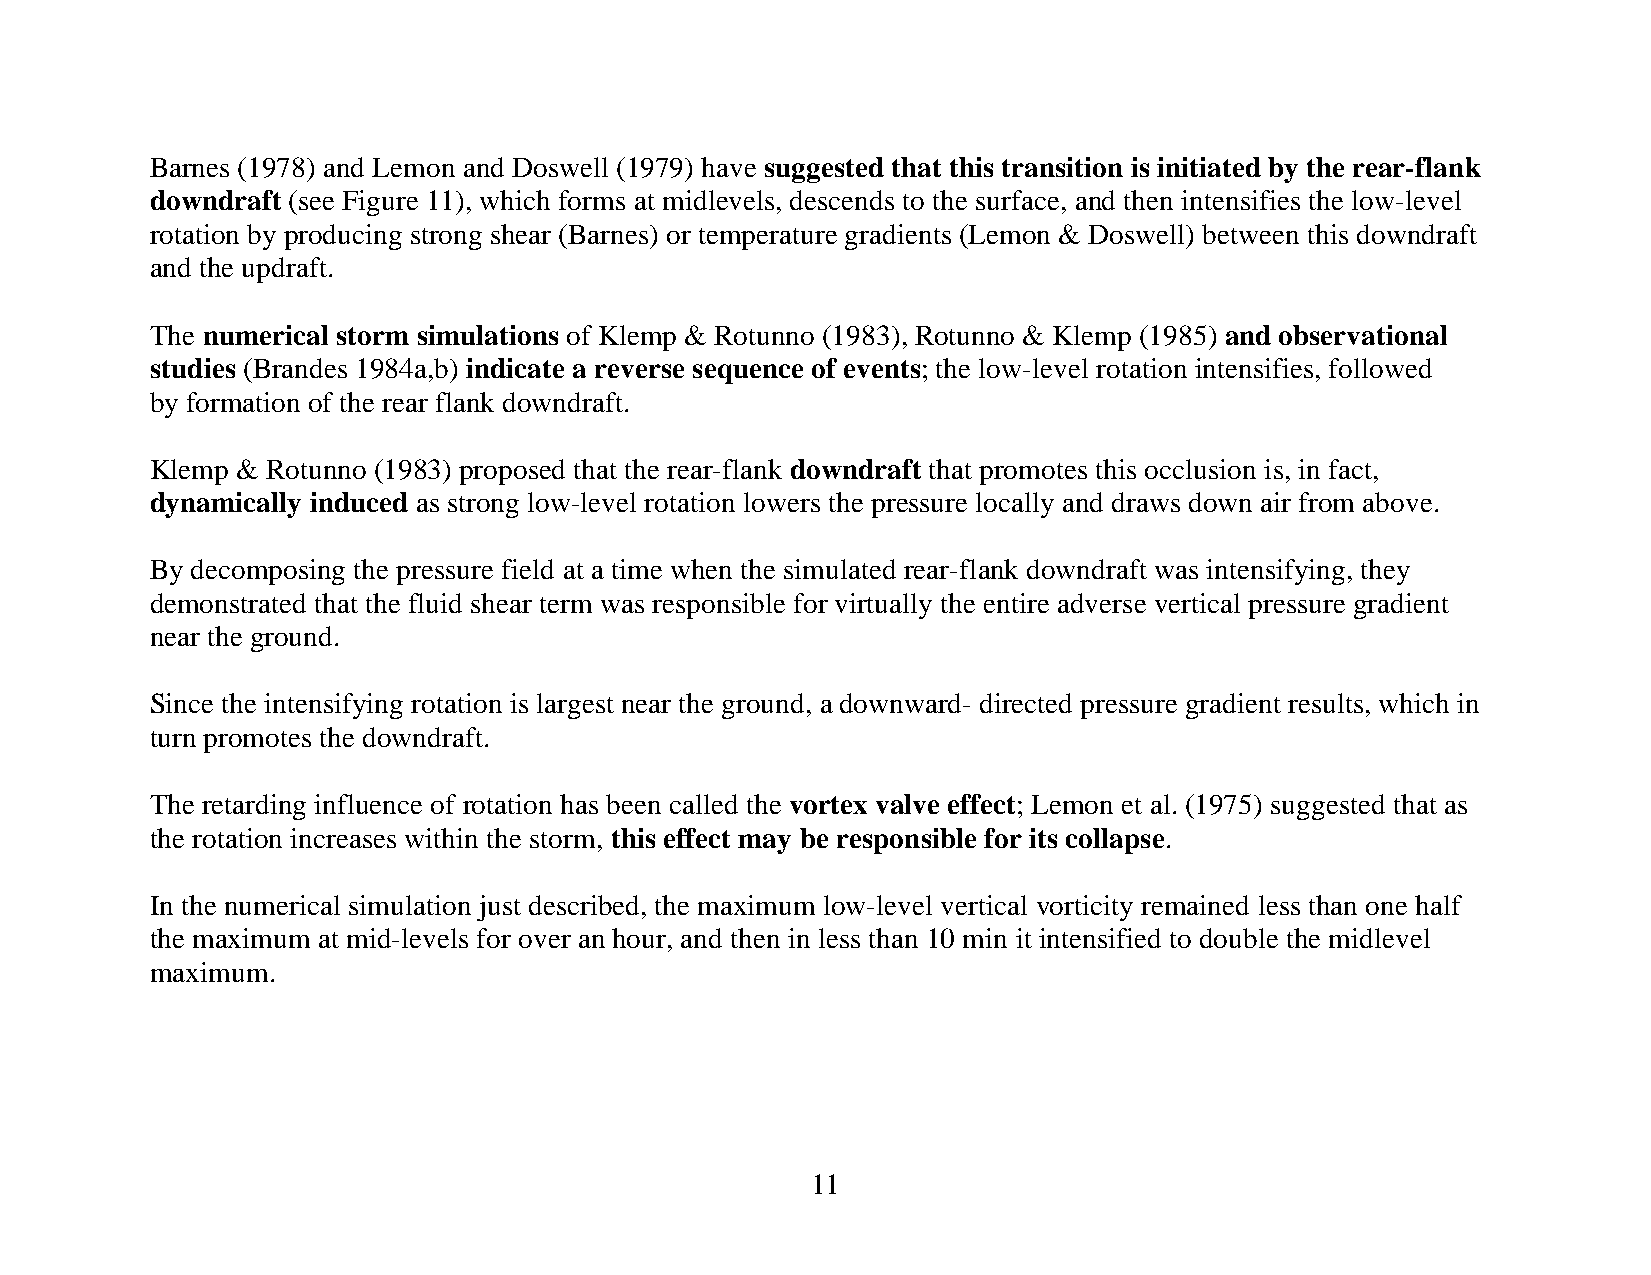
Barnes (1978) and Lemon and Doswell (1979) have suggested that this transition is initiated by the rear-flank
 downdraft (see Figure 11), which forms at midlevels, descends to the surface, and then intensifies the low-level
 rotation by producing strong shear (Barnes) or temperature gradients (Lemon & Doswell) between this downdraft
 and the updraft.
 The numerical storm simulations of Klemp & Rotunno (1983), Rotunno & Klemp (1985) and observational
 studies (Brandes 1984a,b) indicate a reverse sequence of events; the low-level rotation intensifies, followed
 by formation of the rear flank downdraft.
 Klemp & Rotunno (1983) proposed that the rear-flank downdraft that promotes this occlusion is, in fact,
 dynamically induced as strong low-level rotation lowers the pressure locally and draws down air from above.
 By decomposing the pressure field at a time when the simulated rear-flank downdraft was intensifying, they
 demonstrated that the fluid shear term was responsible for virtually the entire adverse vertical pressure gradient
 near the ground.
 Since the intensifying rotation is largest near the ground, a downward- directed pressure gradient results, which in
 turn promotes the downdraft.
 The retarding influence of rotation has been called the vortex valve effect; Lemon et al. (1975) suggested that as
 the rotation increases within the storm, this effect may be responsible for its collapse.
 In the numerical simulation just described, the maximum low-level vertical vorticity remained less than one half
 the maximum at mid-levels for over an hour, and then in less than 10 min it intensified to double the midlevel
 maximum.
 11